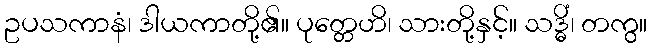
ဥပသကာနံ၊ ဒါယကာတို့၏။ ပုတ္တေဟိ၊ သားတို့နှင့်။ သဒ္ဓိံ၊ တကွ။